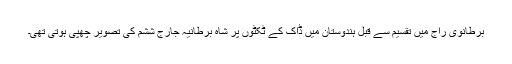
برطانوی راج میں تقسیم سے قبل ہندوستان میں ڈاک کے ٹکٹوں پر شاہ برطانیہ جارج ششم کی تصویر چھپی ہوتی تھی۔